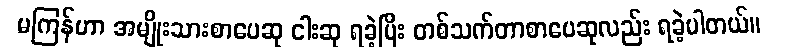
မကြန်ဟာ အမျိုးသားစာပေဆု ငါးဆု ရခဲ့ပြီး တစ်သက်တာစာပေဆုလည်း ရခဲ့ပါတယ်။